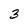
Character: 3